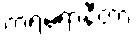
ကရမရာနီတာ